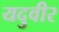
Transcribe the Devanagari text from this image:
यदुवीर